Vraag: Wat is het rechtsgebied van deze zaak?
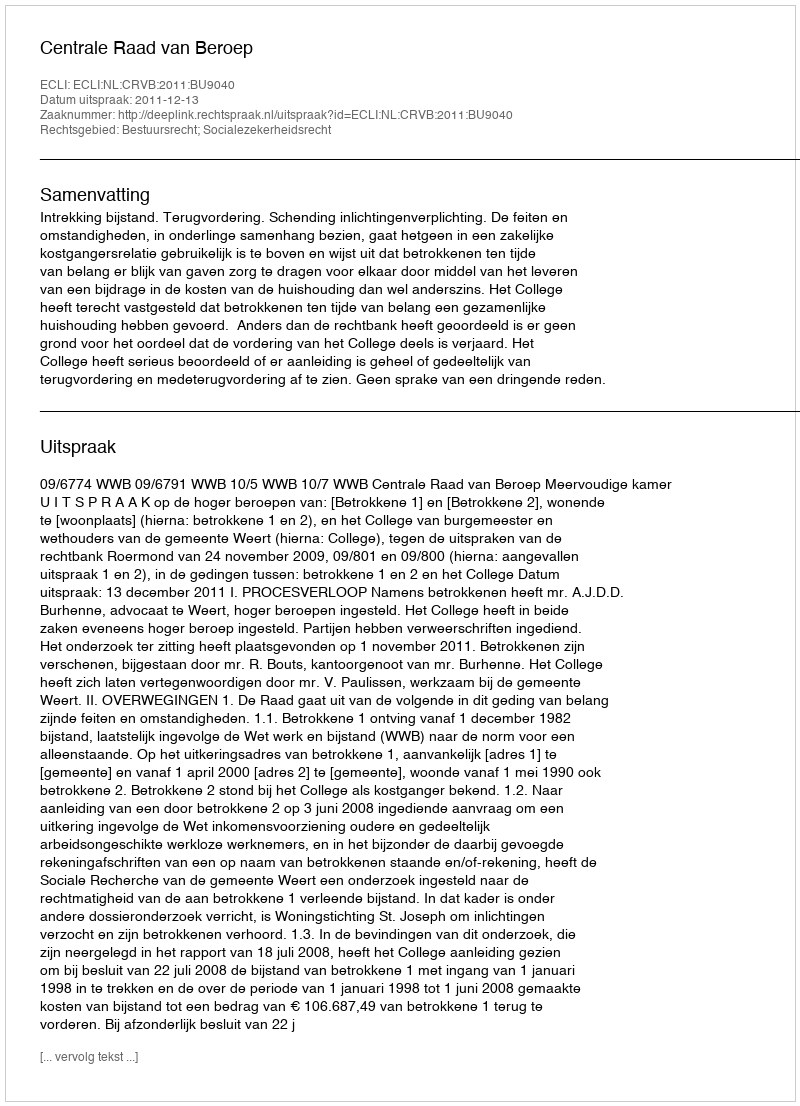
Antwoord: Bestuursrecht; Socialezekerheidsrecht